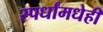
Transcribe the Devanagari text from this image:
स्पर्धांमधेही